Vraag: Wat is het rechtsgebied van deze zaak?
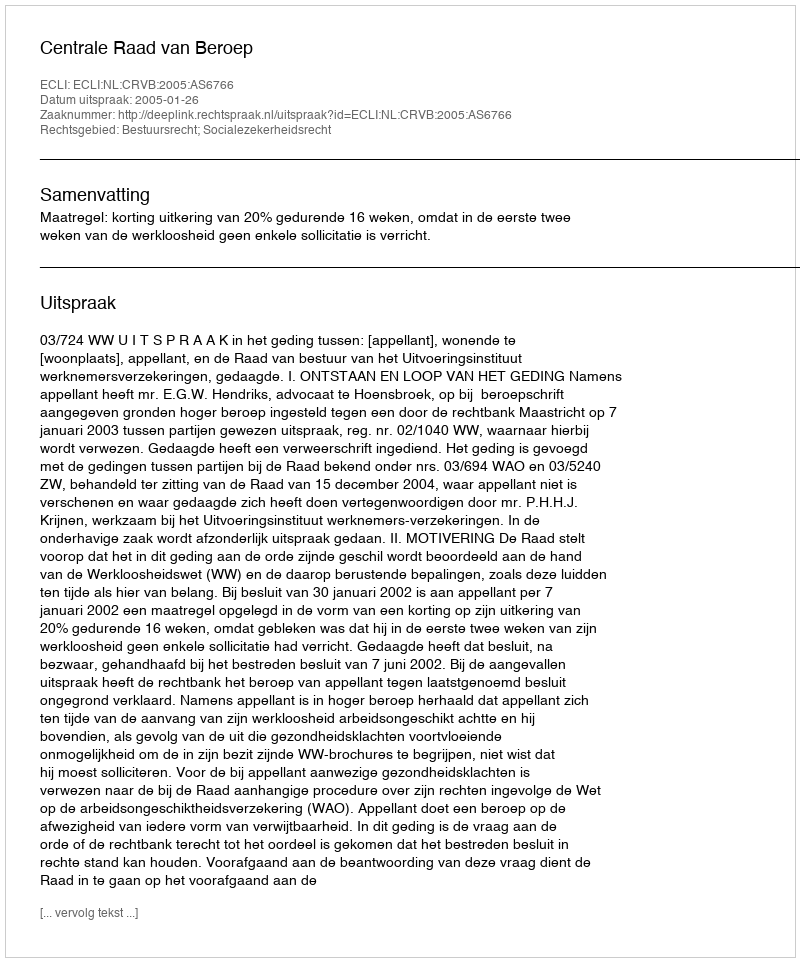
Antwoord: Bestuursrecht; Socialezekerheidsrecht